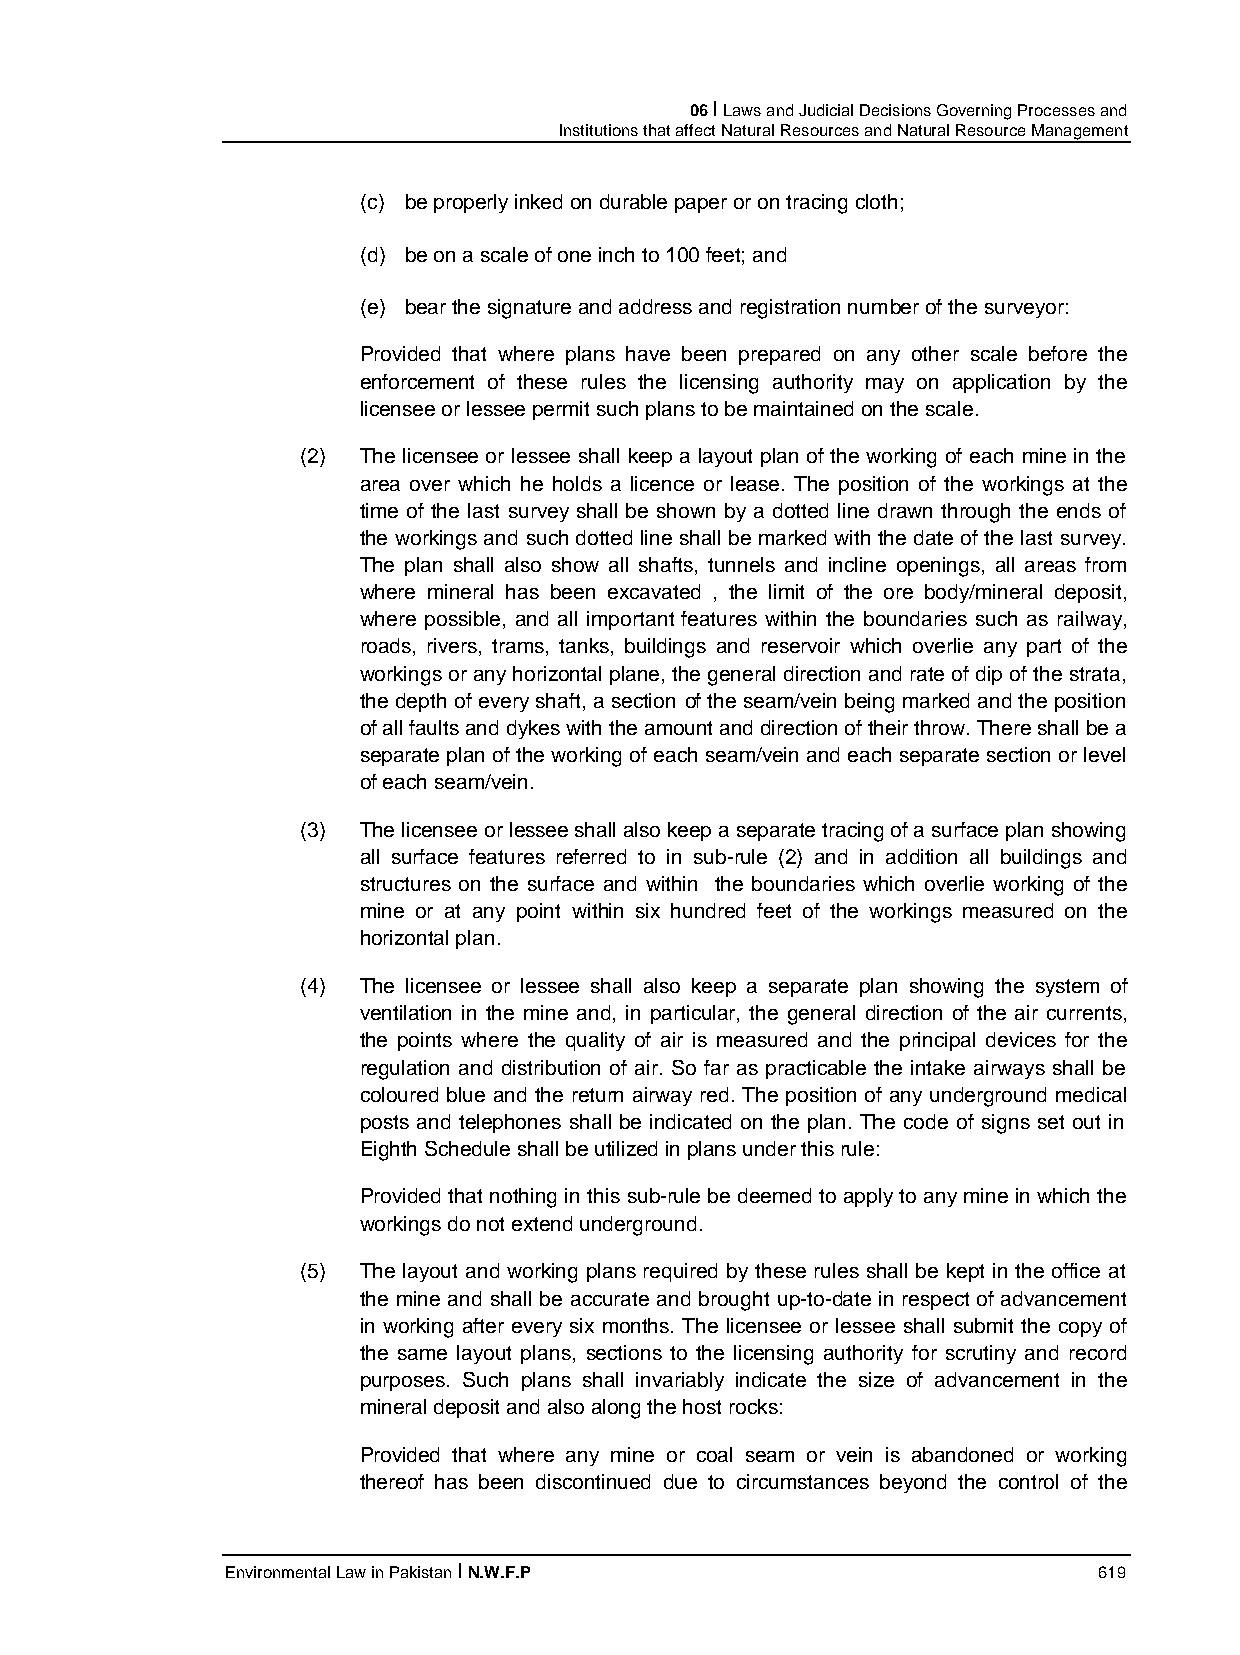
06 I Laws and Judicial Decisions Governing Processes and
 Institutions that affect Natural Resources and Natural Resource Management
 (c) be properly inked on durable paper or on tracing cloth;
 (d) be on a scale of one inch to 100 feet; and
 (e) bear the signature and address and registration number of the surveyor:
 Provided that where plans have been prepared on any other scale before the
 enforcement of these rules the licensing authority may on application by the
 licensee or lessee permit such plans to be maintained on the scale.
 (2) The licensee or lessee shall keep a layout plan of the working of each mine in the
 area over which he holds a licence or lease. The position of the workings at the
 time of the last survey shall be shown by a dotted line drawn through the ends of
 the workings and such dotted line shall be marked with the date of the last survey.
 The plan shall also show all shafts, tunnels and incline openings, all areas from
 where mineral has been excavated , the limit of the ore body/mineral deposit,
 where possible, and all important features within the boundaries such as railway,
 roads, rivers, trams, tanks, buildings and reservoir which overlie any part of the
 workings or any horizontal plane, the general direction and rate of dip of the strata,
 the depth of every shaft, a section of the seam/vein being marked and the position
 of all faults and dykes with the amount and direction of their throw. There shall be a
 separate plan of the working of each seam/vein and each separate section or level
 of each seam/vein.
 (3) The licensee or lessee shall also keep a separate tracing of a surface plan showing
 all surface features referred to in sub-rule (2) and in addition all buildings and
 structures on the surface and within the boundaries which overlie working of the
 mine or at any point within six hundred feet of the workings measured on the
 horizontal plan.
 (4) The licensee or lessee shall also keep a separate plan showing the system of
 ventilation in the mine and, in particular, the general direction of the air currents,
 the points where the quality of air is measured and the principal devices for the
 regulation and distribution of air. So far as practicable the intake airways shall be
 coloured blue and the return airway red. The position of any underground medical
 posts and telephones shall be indicated on the plan. The code of signs set out in
 Eighth Schedule shall be utilized in plans under this rule:
 Provided that nothing in this sub-rule be deemed to apply to any mine in which the
 workings do not extend underground.
 (5) The layout and working plans required by these rules shall be kept in the office at
 the mine and shall be accurate and brought up-to-date in respect of advancement
 in working after every six months. The licensee or lessee shall submit the copy of
 the same layout plans, sections to the licensing authority for scrutiny and record
 purposes. Such plans shall invariably indicate the size of advancement in the
 mineral deposit and also along the host rocks:
 Provided that where any mine or coal seam or vein is abandoned or working
 thereof has been discontinued due to circumstances beyond the control of the
 Environmental Law in Pakistan I N.W.F.P                   619